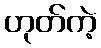
ဟုတ်ကဲ့